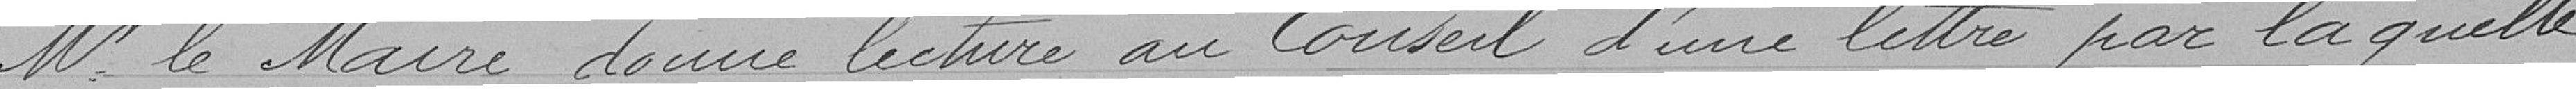
M. le Maire donne lecture au Conseil d'une lettre par laquelle